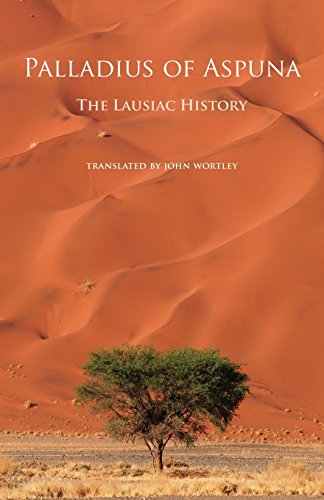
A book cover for Palladius of Aspuna: The Lausiac History (Cistercian Studies); Christian Books & Bibles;